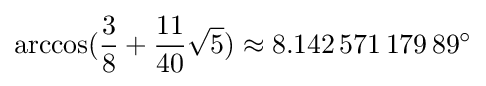
\arccos({\frac {3}{8}}+{\frac {11}{40}}{\sqrt {5}})\approx 8.142\,571\,179\,89^{\circ }